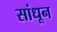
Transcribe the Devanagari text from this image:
सांधून